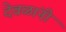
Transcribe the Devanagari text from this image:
देवळांनी